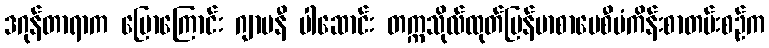
ဒဂုန်တာရာက ပြောကြောင်း ဂျာမနီ ပါဆောင်း တက္ကသိုလ်ထုတ်မြန်မာစာပေစီမံကိန်းစာတမ်းစဉ်က